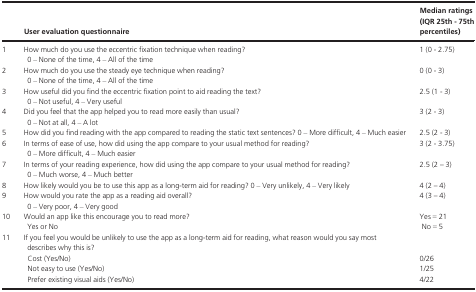
<table><thead><tr><td></td><td><b>User evaluation questionnaire</b></td><td><b>Median ratings (IQR 25th ‐ 75th percentiles)</b></td></tr></thead><tbody><tr><td>1</td><td>How much do you use the eccentric fixation technique when reading?0 – None of the time, 4 – All of the time</td><td>1 (0 ‐ 2.75)</td></tr><tr><td>2</td><td>How much do you use the steady eye technique when reading?0 – None of the time, 4 – All of the time</td><td>0 (0 ‐ 3)</td></tr><tr><td>3</td><td>How useful did you find the eccentric fixation point to aid reading the text?0 – Not useful, 4 – Very useful</td><td>2.5 (1 ‐ 3)</td></tr><tr><td>4</td><td>Did you feel that the app helped you to read more easily than usual?0 – Not at all, 4 – A lot</td><td>3 (2 ‐ 3)</td></tr><tr><td>5</td><td>How did you find reading with the app compared to reading the static text sentences? 0 – More difficult, 4 – Much easier</td><td>2.5 (2 ‐ 3)</td></tr><tr><td>6</td><td>In terms of ease of use, how did using the app compare to your usual method for reading?0 – More difficult, 4 – Much easier</td><td>3 (2 ‐ 3.75)</td></tr><tr><td>7</td><td>In terms of your reading experience, how did using the app compare to your usual method for reading?0 – Much worse, 4 – Much better</td><td>2.5 (2 – 3)</td></tr><tr><td>8</td><td>How likely would you be to use this app as a long‐term aid for reading? 0 – Very unlikely, 4 – Very likely</td><td>4 (2 – 4)</td></tr><tr><td>9</td><td>How would you rate the app as a reading aid overall?0 – Very poor, 4 – Very good</td><td>4 (3 – 4)</td></tr><tr><td>10</td><td>Would an app like this encourage you to read more?Yes or No</td><td>Yes = 21No = 5</td></tr><tr><td>11</td><td colspan="2">If you feel you would be unlikely to use the app as a long‐term aid for reading, what reason would you say most describes why this is?</td></tr><tr><td></td><td>Cost (Yes/No)Not easy to use (Yes/No)Prefer existing visual aids (Yes/No)</td><td>0/261/254/22</td></tr></tbody></table>